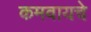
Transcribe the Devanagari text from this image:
कमवायचे